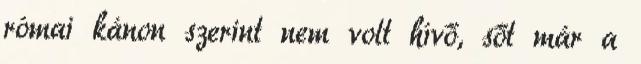
római kánon szerint nem volt hívő, sőt már a